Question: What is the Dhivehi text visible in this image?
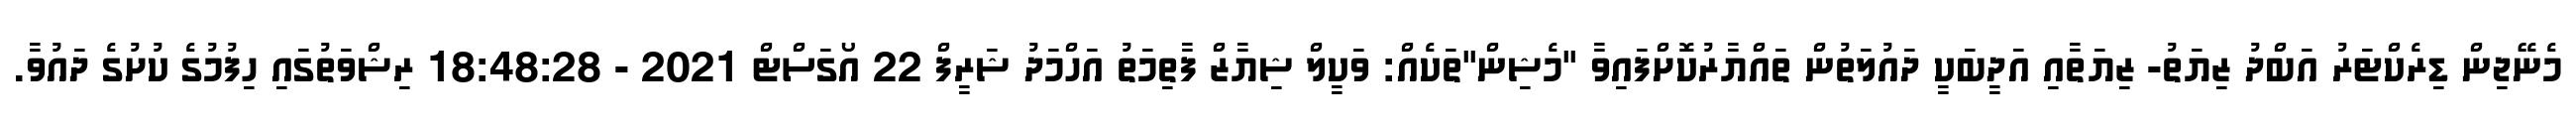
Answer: މެނޭޖިން ޑިރެކްޓަރު އަބްދު ޒިޔަތު- ޒިޔަތާއި އަދީބަކީ ދައުލަތުން ތައްޔާރުކޮށްފައިވާ "މެޝިން"ތަކެއް: ވަކީލް ޝިޔާޒް ފާތިމަތު އަހްމަދު ޝަރީފް 22 އޯގަސްޓް 2021 - 18:48:28 ރިޝްވަތުގައި ހިފުމުގެ ކުށުގެ ދައުވާ.